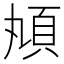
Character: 𩑖